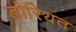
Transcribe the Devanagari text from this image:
डोरियत